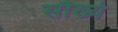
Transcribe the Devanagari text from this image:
सौख्यं